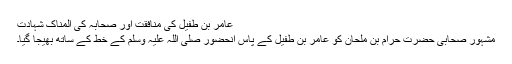
عامر بن طفیل کی منافقت اور صحابہ کی المناک شہادت
مشہور صحابی حضرت حرام بن ملحانؓ کو عامر بن طفیل کے پاس آنحضور صلی اللہ علیہ وسلم کے خط کے ساتھ بھیجا گیا۔